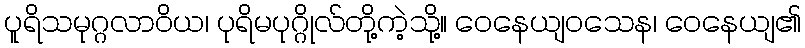
ပူရိသမုဂ္ဂလာဝိယ၊ ပုရိမပုဂ္ဂိုလ်တို့ကဲ့သို့။ ဝေနေယျဝသေန၊ ဝေနေယျ၏